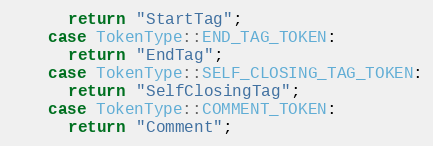
Language: C++
      return "StartTag";
    case TokenType::END_TAG_TOKEN:
      return "EndTag";
    case TokenType::SELF_CLOSING_TAG_TOKEN:
      return "SelfClosingTag";
    case TokenType::COMMENT_TOKEN:
      return "Comment";